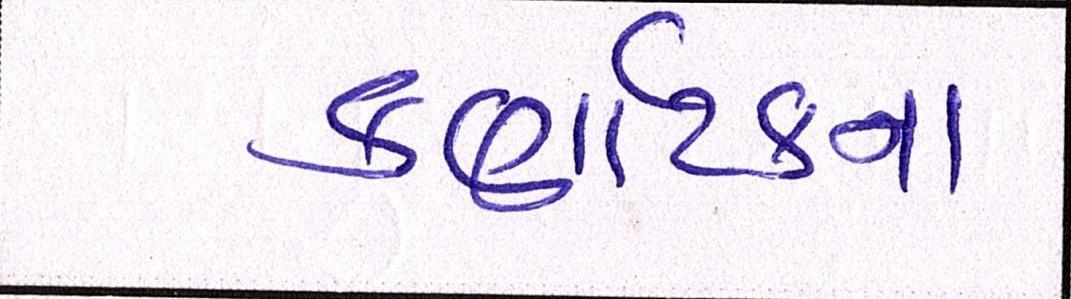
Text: કર્ણાટકના